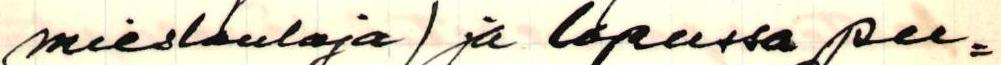
mieslaulaja) ja lopussa pu=